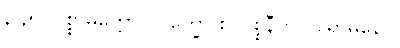
၃၄၅။ ပစ္စာမိတ္တော ဝိပက္ခော စ၊ ပစ္စနီက ဝိရောဓိနော။